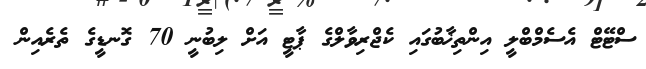
ސްޓޭޓް އެސެމްބްލީ އިންތިޚާބުގައި ކެޖްރިވާލްގެ ޕާޓީ އަށް ލިބުނީ 70 ގޮނޑީގެ ތެރެއިން